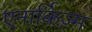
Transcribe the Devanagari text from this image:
एनार्किज़्म